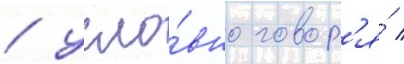
/ усло́вно говор'я́ /